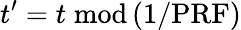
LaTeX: t^{\prime}=t\; \mathrm{mod}\left(1/\mathrm{PRF}\right)